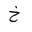
Letter: _kha